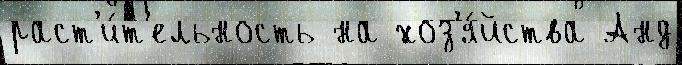
раст'и́т'ельность на хоз'я́йства Анд